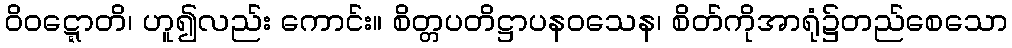
ဝိဝဋ္ဋောတိ၊ ဟူ၍လည်း ကောင်း။ စိတ္တပတိဋ္ဌာပနဝသေန၊ စိတ်ကိုအာရုံ၌တည်စေသော